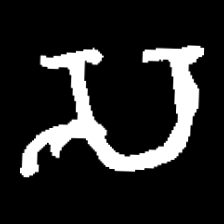
Pyu character \u2014 Myanmar letter: သ (romanized: sa)